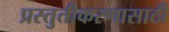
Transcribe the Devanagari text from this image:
प्रस्तुतीकरणासाठी